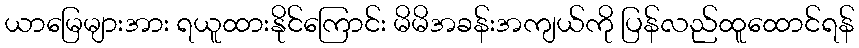
ယာမြေများအား ရယူထားနိုင်ကြောင်း မိမိအခန်းအကျယ်ကို ပြန်လည်ထူထောင်ရန်